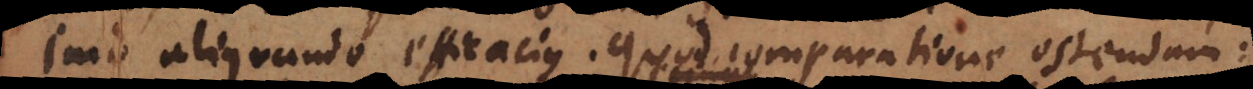
imo aliquando efficacius. Quod comparatione ostendam: